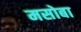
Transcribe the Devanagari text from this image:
मसोबा